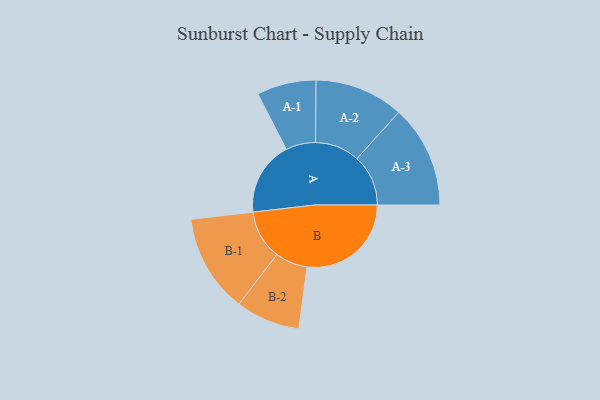
{"axis": {"x": "Segment", "y": "Value"}, "legend": ["", "A", "B"], "data": [{"x": "A", "y": 353, "type": ""}, {"x": "B", "y": 496, "type": ""}, {"x": "A-1", "y": 141, "type": "A"}, {"x": "A-2", "y": 212, "type": "A"}, {"x": "A-3", "y": 244, "type": "A"}, {"x": "B-1", "y": 234, "type": "B"}, {"x": "B-2", "y": 153, "type": "B"}]}